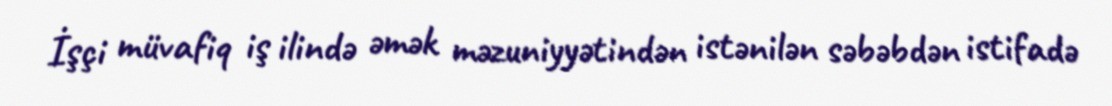
İşçi müvafiq iş ilində əmək məzuniyyətindən istənilən səbəbdən istifadə